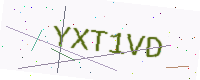
Text: YXT1VD